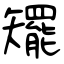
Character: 矲